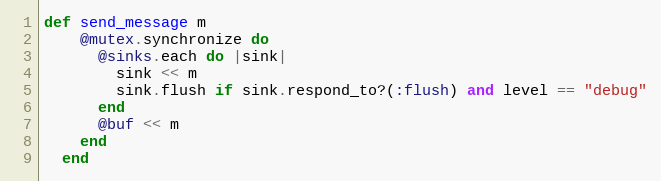
Language: Ruby
def send_message m
    @mutex.synchronize do
      @sinks.each do |sink|
        sink << m
        sink.flush if sink.respond_to?(:flush) and level == "debug"
      end
      @buf << m
    end
  end